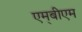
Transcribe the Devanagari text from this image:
एम्‌बीएम